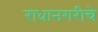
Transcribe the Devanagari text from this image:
राधानगरीचे